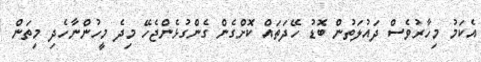
އެކަމު މިހާރުވެސް ދައުލަތުން ބޮޑު ހޭދަތައް ކޮށްގެން ގެންގުޅެންޖެހޭ މިދެ މީހުންނާހެދި މިތަން